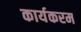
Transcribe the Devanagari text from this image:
कार्यकरम